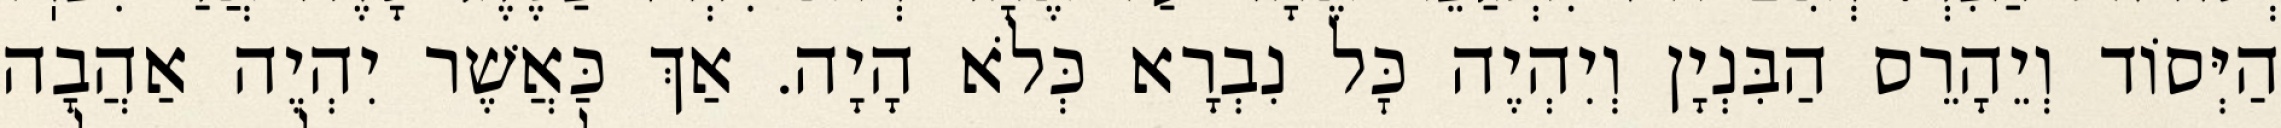
הַיְּסוֹד וְיֵהָרֵס הַבִּנְיָן וְיִהְיֶה כׇּל נִבְרָא כְּלֹא הָיָה. אַךְ כַּאֲשֶׁר יִהְיֶה אַהֲבָה